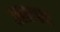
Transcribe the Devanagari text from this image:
आयब